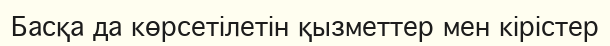
Басқа да көрсетілетін қызметтер мен кірістер